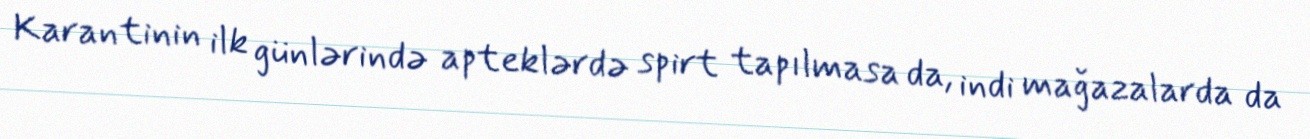
Karantinin ilk günlərində apteklərdə spirt tapılmasa da, indi mağazalarda da